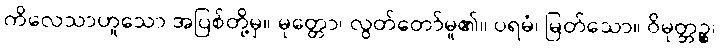
ကိလေသာဟူသော အပြစ်တို့မှ။ မုတ္တော၊ လွတ်တော်မူ၏။ ပရမံ၊ မြတ်သော။ ဝိမုတ္တဉ္စ၊